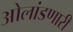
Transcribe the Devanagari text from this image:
ओलांडणारी